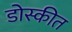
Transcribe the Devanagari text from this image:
डोस्कीत